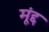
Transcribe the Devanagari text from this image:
मूंद्द